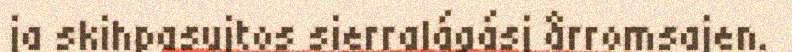
ja skihpasujtos sierralágásj årromsajen.